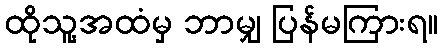
ထိုသူ့အထံမှ ဘာမျှ ပြန်မကြားရ။